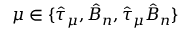
\mu \in \{ \hat { \tau } _ { \mu } , \hat { B } _ { n } , \hat { \tau } _ { \mu } \hat { B } _ { n } \}